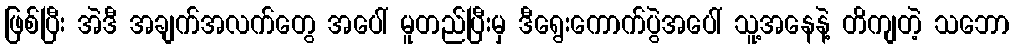
ဖြစ်ပြီး အဲဒီ အချက်အလက်တွေ အပေါ် မူတည်ပြီးမှ ဒီရွေးကောက်ပွဲအပေါ် သူ့အနေနဲ့ တိကျတဲ့ သဘော